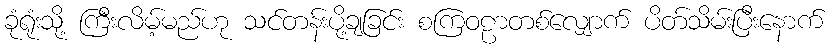
ခုံရုံးသို့ ကြီးလိမ့်မည်ဟု သင်တန်းပို့ချခြင်း စကြဝဠာတစ်လျှောက် ပိတ်သိမ်းပြီးနောက်